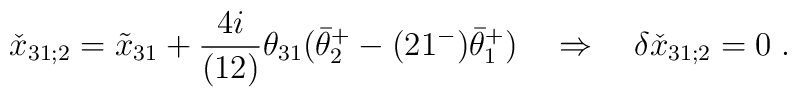
\check x_{31;2} = \tilde x_{31} + {4i\over (12)}\theta_{31}(\bar\theta^+_2-(21^-)\bar\theta^+_1)\quad \Rightarrow \quad \delta\check x_{31;2} = 0 \;.